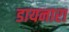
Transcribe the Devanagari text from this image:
डायनारा